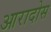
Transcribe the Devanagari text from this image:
आरादोस